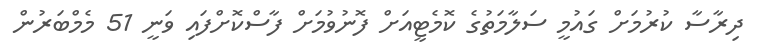
ދިރާސާ ކުރުމަށް ގައުމީ ސަލާމަތުގެ ކޮމެޓީއަށް ފޮނުވުމަށް ފާސްކޮށްފައި ވަނީ 51 މެމްބަރުން